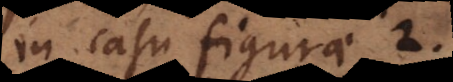
in casu figurae 2.